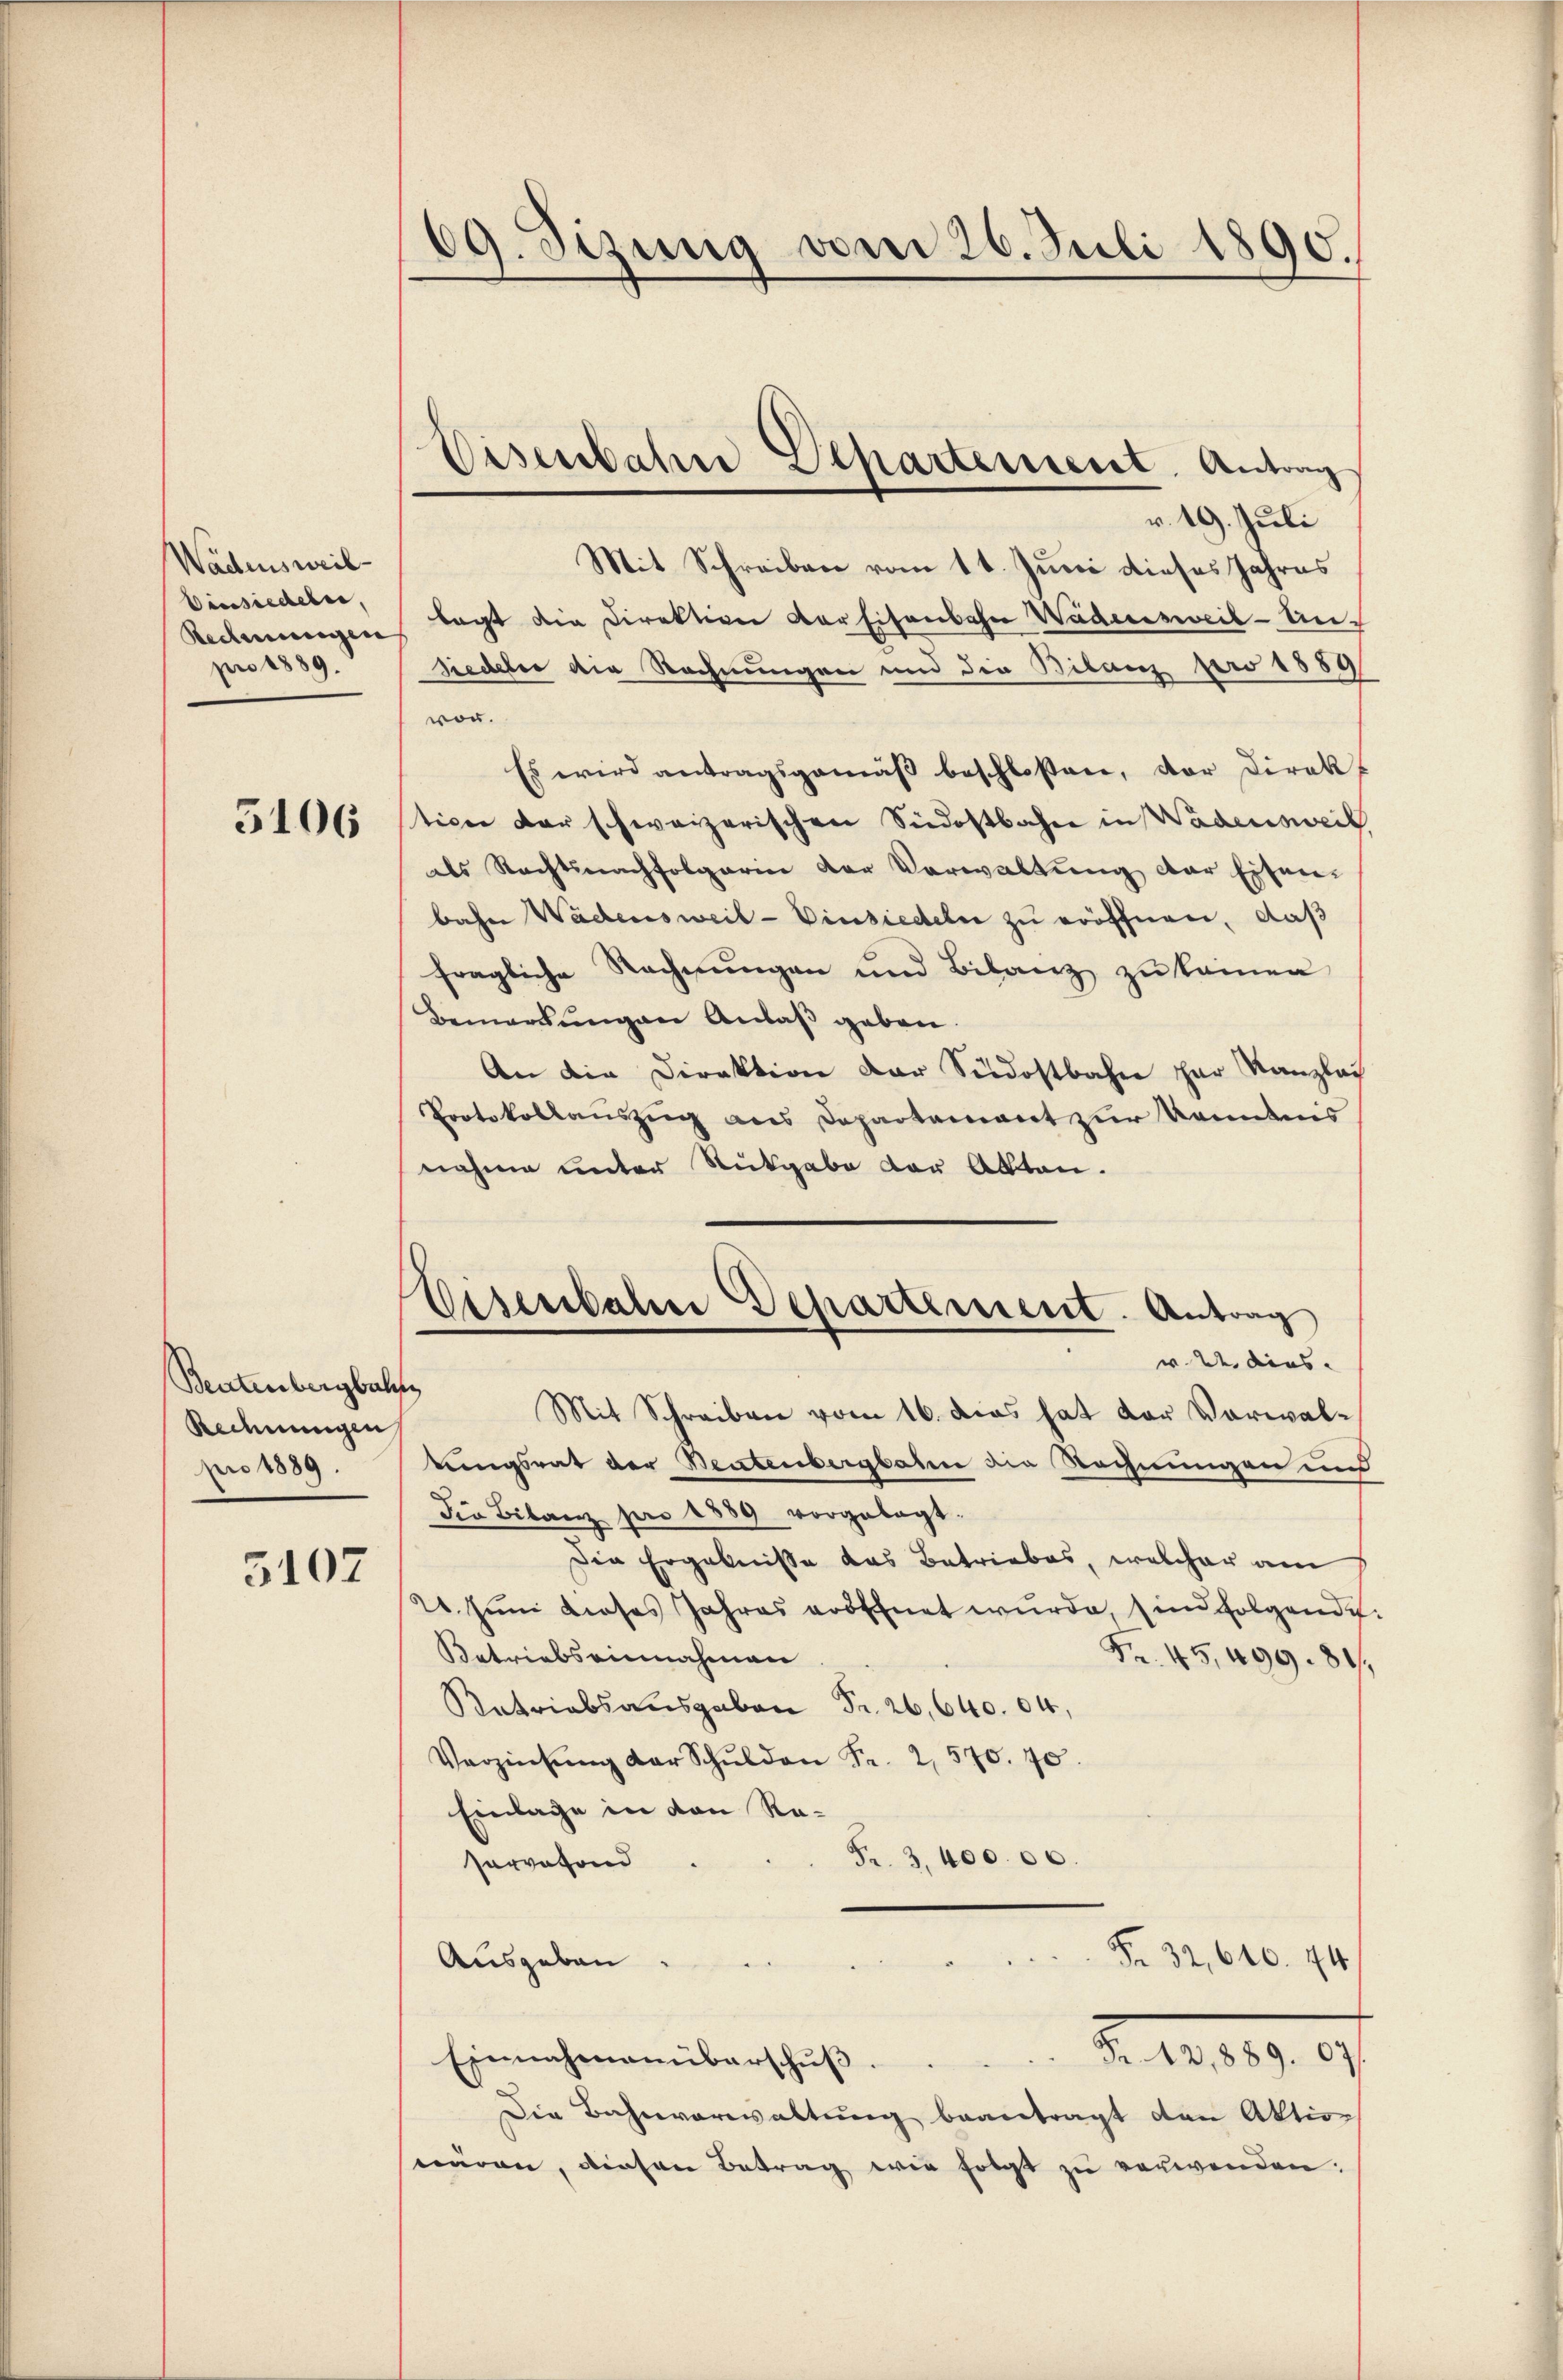
Wädensweil
Einsiedeln,
Redmungen
pro 1889.

5106

Beutenbergbah
Rechnungen
pro 1889.

5107

09. Sizung vom 26. Juli 1890.

v. 19. Juli
Mit Schreiben vom 11. Juni dieses Jahres
lagt die Direktion vor Eisenbahn Wädensweil-Unsiedeter die Rechnungen und die Bilanz pro 1889/
von.
Es wird antragsgemäß beschloßen, der Direk
tion der schweizerischen Südostbahne in Wadensweil
als Rechtsnachfolgarin der Verwaltung der Eisen-
bahn Wädensweil - Einsiedeln zu eröffnen, daß
fragliche Rechnungen und Bilanz zu kamen
Bemerkŭngen Anlaβ geben.
An die Direktion der Südostbahn zur Kanzlas
Protokollauszug aus Departement zur Kenntnis
nahme unter Rückgabe der Akten.
)
Mit Schreiben vom 16. das hat der Vorwaltingsrat der Beutenbergbalen die Rechnungen und
die Bilanz pro 1889 vorgelegt.
Die Ergebnisse das Betriebes, welcher am
20. Juni dieses Jahres erschnet wurde, sind folgende
Betriebs einnahmen
Fr. 45,499. 81.
Ratriabsausgaben Fr. 26,640. 04,
Verzinsŭng der Schulden Fr. 2. 570. 70.
Einlage in den Re¬
Fr. 3.40000.
servefond
Fr. 32, 610. 44
Ausgaben
2. d. 189. 907.
Einnahmenüberschŭβ.
Die Bahnverwaltung beantragt den Aktion
wären, diesen Betrag wir folgt zu verwenden.

Eisenbahne Departement. Antrag

Eisenbahre Departement. Antrag
w. 22. dies